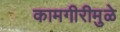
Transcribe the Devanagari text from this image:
कामगीरीमुळे